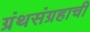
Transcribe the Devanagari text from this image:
ग्रंथसंग्रहाची